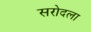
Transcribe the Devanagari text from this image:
सरोदला